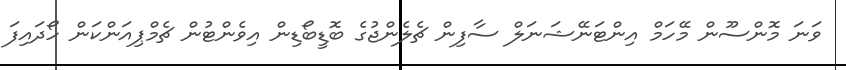
ވަނަ މޮންސޫން މޭހަމް އިންޓަނޭޝަނަލް ސާފިން ޗެލެންޖުގެ ބޮޑީބޯޑިން އިވެންޓުން ޗެމްޕިއަންކަން ހޯދައިފަ